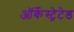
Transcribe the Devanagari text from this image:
ऑर्केस्ट्रेटेड